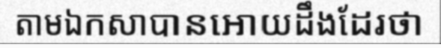
តាមឯកសាបានអោយដឹងដែរថា